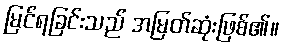
မြင်ရခြင်းသည် အမြတ်ဆုံးဖြစ်၏။